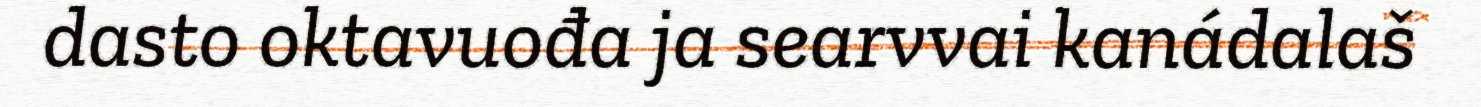
dasto oktavuođa ja searvvai kanádalaš